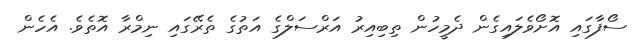
ސޯފާގައި އޮށޯވެލައިގެން ދެމީހުން ތިބިއިރު އަރްސަލްގެ އަތުގެ ތެރޭގައި ނިމްރާ އޮތެވެ. އެހެން